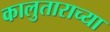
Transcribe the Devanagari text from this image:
कालुताराच्या